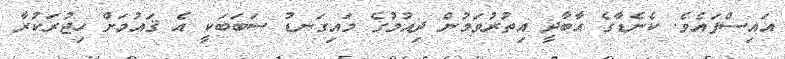
އައިސްފައެވެ. ކެނެޑާގެ އާބާދީ އިތުރުވަމުން ދިއުމުގެ މައިގަނޑު ސަބަބަކީ އެ ޤައުމަށް ހިޖުރަކުރާ